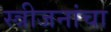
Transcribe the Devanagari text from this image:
स्त्रीजनांचा